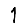
Digit: 1